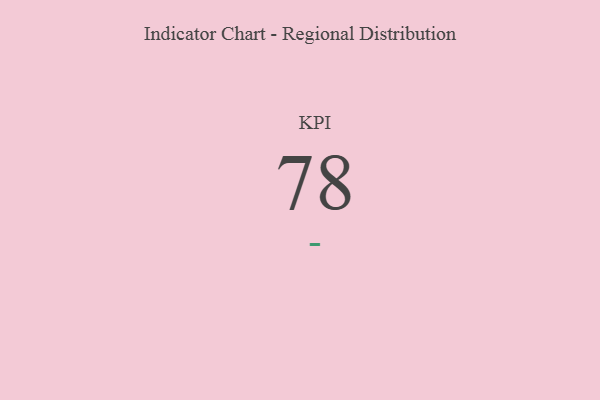
{"axis": {"x": "KPI", "y": "Value"}, "legend": [""], "data": [{"x": "KPI", "y": 78, "type": ""}]}